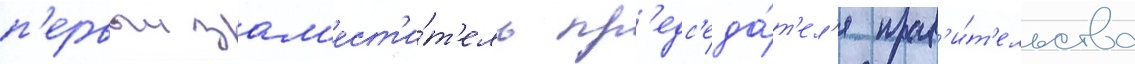
п'ервыи зам'ест'и́т'ель пр'едс'еда́т'ел'я прав'и́т'ельства